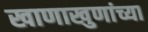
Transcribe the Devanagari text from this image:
खाणाखुणांच्या